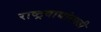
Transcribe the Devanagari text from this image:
राष्ट्रवाद्यांसाठी